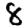
Digit: 8